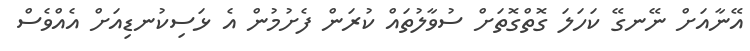
އޭނާއަށް ނޭނގޭ ކަހަލަ ގޮތްގޮތަށް ސުވާލުތައް ކުރަން ފެށުމުން އެ ޅަސިކުނޑިއަށް އެއްވެސް